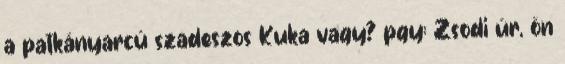
a patkányarcú szadeszos Kuka vagy? pgy: Zsodi úr, ön